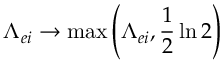
\Lambda _ { e i } \rightarrow \operatorname* { m a x } { \left( \Lambda _ { e i } , \frac { 1 } { 2 } \ln { 2 } \right) }